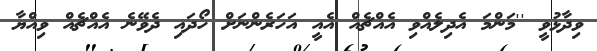
ވިދާޅުވީ ''މަންމަ އެދިލެއްވި އެއްޗެއް އެއީ އަހަރެންނަށް ހޯދައި ދެވޭނެ އެއްޗެއް ވިއްޔާ